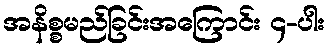
အနိစ္စမည်ခြင်းအကြောင်း ၄-ပါး